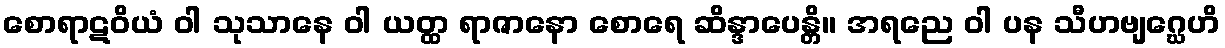
စောရာဋဝိယံ ဝါ သုသာနေ ဝါ ယတ္ထ ရာဇာနော စောရေ ဆိန္ဒာပေန္တိ။ အရညေ ဝါ ပန သီဟဗျဂ္ဃေဟိ